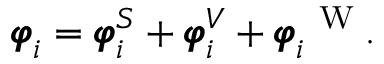
{ \pmb \varphi } _ { i } = { \pmb \varphi } _ { i } ^ { S } + { \pmb \varphi } _ { i } ^ { V } + { \pmb \varphi } _ { i } ^ { \mathrm { ~ \tiny ~ W ~ } } .